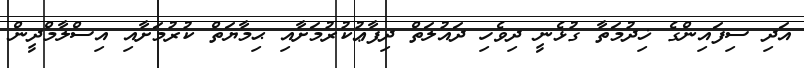
އަދި ސިފައިންގެ ޚިދުމަތާ ގުޅެނީ ދިވެހި ދައުލަތް ދިފާޢުކުރުމަށާއި ޙިމާޔަތް ކުރުމަށާއި އިސްލާމްދީން